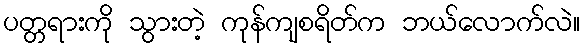
ပတ္တရားကို သွားတဲ့ ကုန်ကျစရိတ်က ဘယ်လောက်လဲ။